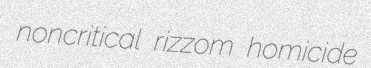
noncritical rizzom homicide